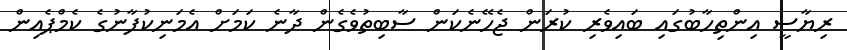
ރިޔާސީ އިންތިހާބުގައި ބައިވެރި ކުރަން ޖެހޭނެކަން ސާބިތުވެގެން ދާނެ ކަމަށް އެމަނިކުފާނުގެ ކެމްޕެއިން